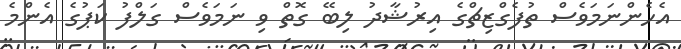
އެހެންނަމަވެސް ތުފެގްޒިޗްގެ އިރުޝާދު ލިބޭ ގޮތް ވި ނަމަވެސް ގަލްފު ކަޕުގެ އެންމެ